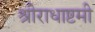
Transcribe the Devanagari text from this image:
श्रीराधाष्टमी